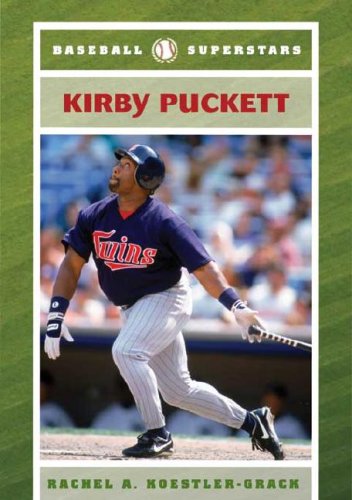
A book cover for Kirby Puckett (Baseball Superstars); Rachel A. Koestler-Grack; Teen & Young Adult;